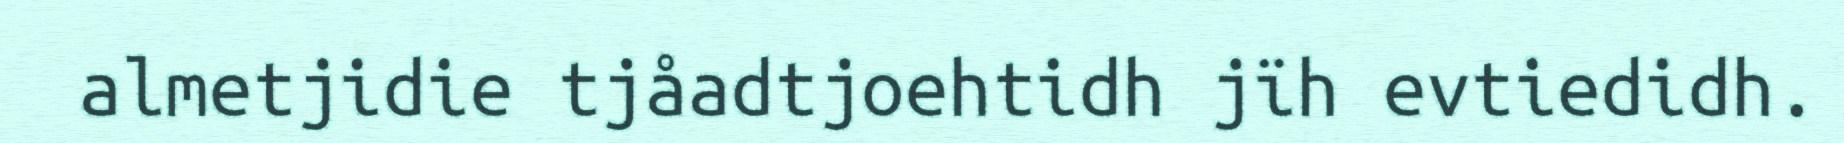
almetjidie tjåadtjoehtidh jïh evtiedidh.